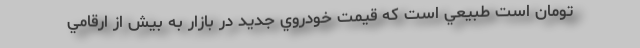
تومان است طبيعي است كه قيمت خودروي جديد در بازار به بيش از ارقامي